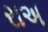
રાઅ